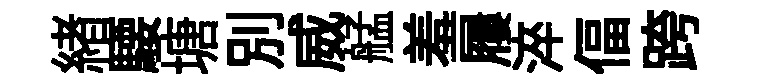
緖騕塘別威艋羞屨淬偪跨